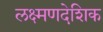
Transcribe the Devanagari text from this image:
लक्ष्मणदेशिक